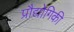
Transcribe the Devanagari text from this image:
प्रौद्योगिकी